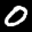
Label: 0